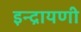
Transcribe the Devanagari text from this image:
इन्द्रायणी